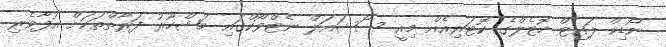
ނޯޑިކް ލައިޓް ހޮޓެލްގެ ކޮޓަރިއެއް މިއީ ސޯޝައަލް ނެޓްވޯކްގައި މަޝްހޫރު ފަރާތްތަކަށް އުފާވެރި